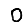
Digit: 0